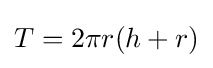
T=2\pi r(h+r)